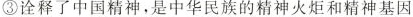
③诠释了中国精神，是中华民族的精神火炬和精神基因